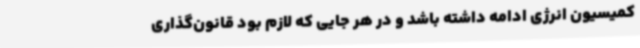
کمیسیون انرژی ادامه داشته باشد و در هر جایی که لازم بود قانون‌گذاری